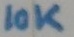
Text: 10K